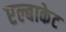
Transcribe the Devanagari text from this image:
एल्बाकेट